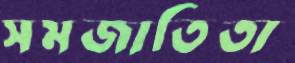
সমজাতিতা